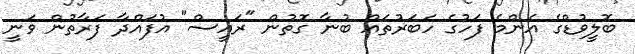
ބޮލީވުޑްގެ އެންމެ ފަހުގެ ހަބަރުތައް ބުނާ ގޮތުން "ރައީސް" އުފައްދާ ފަރާތުން ވަނީ